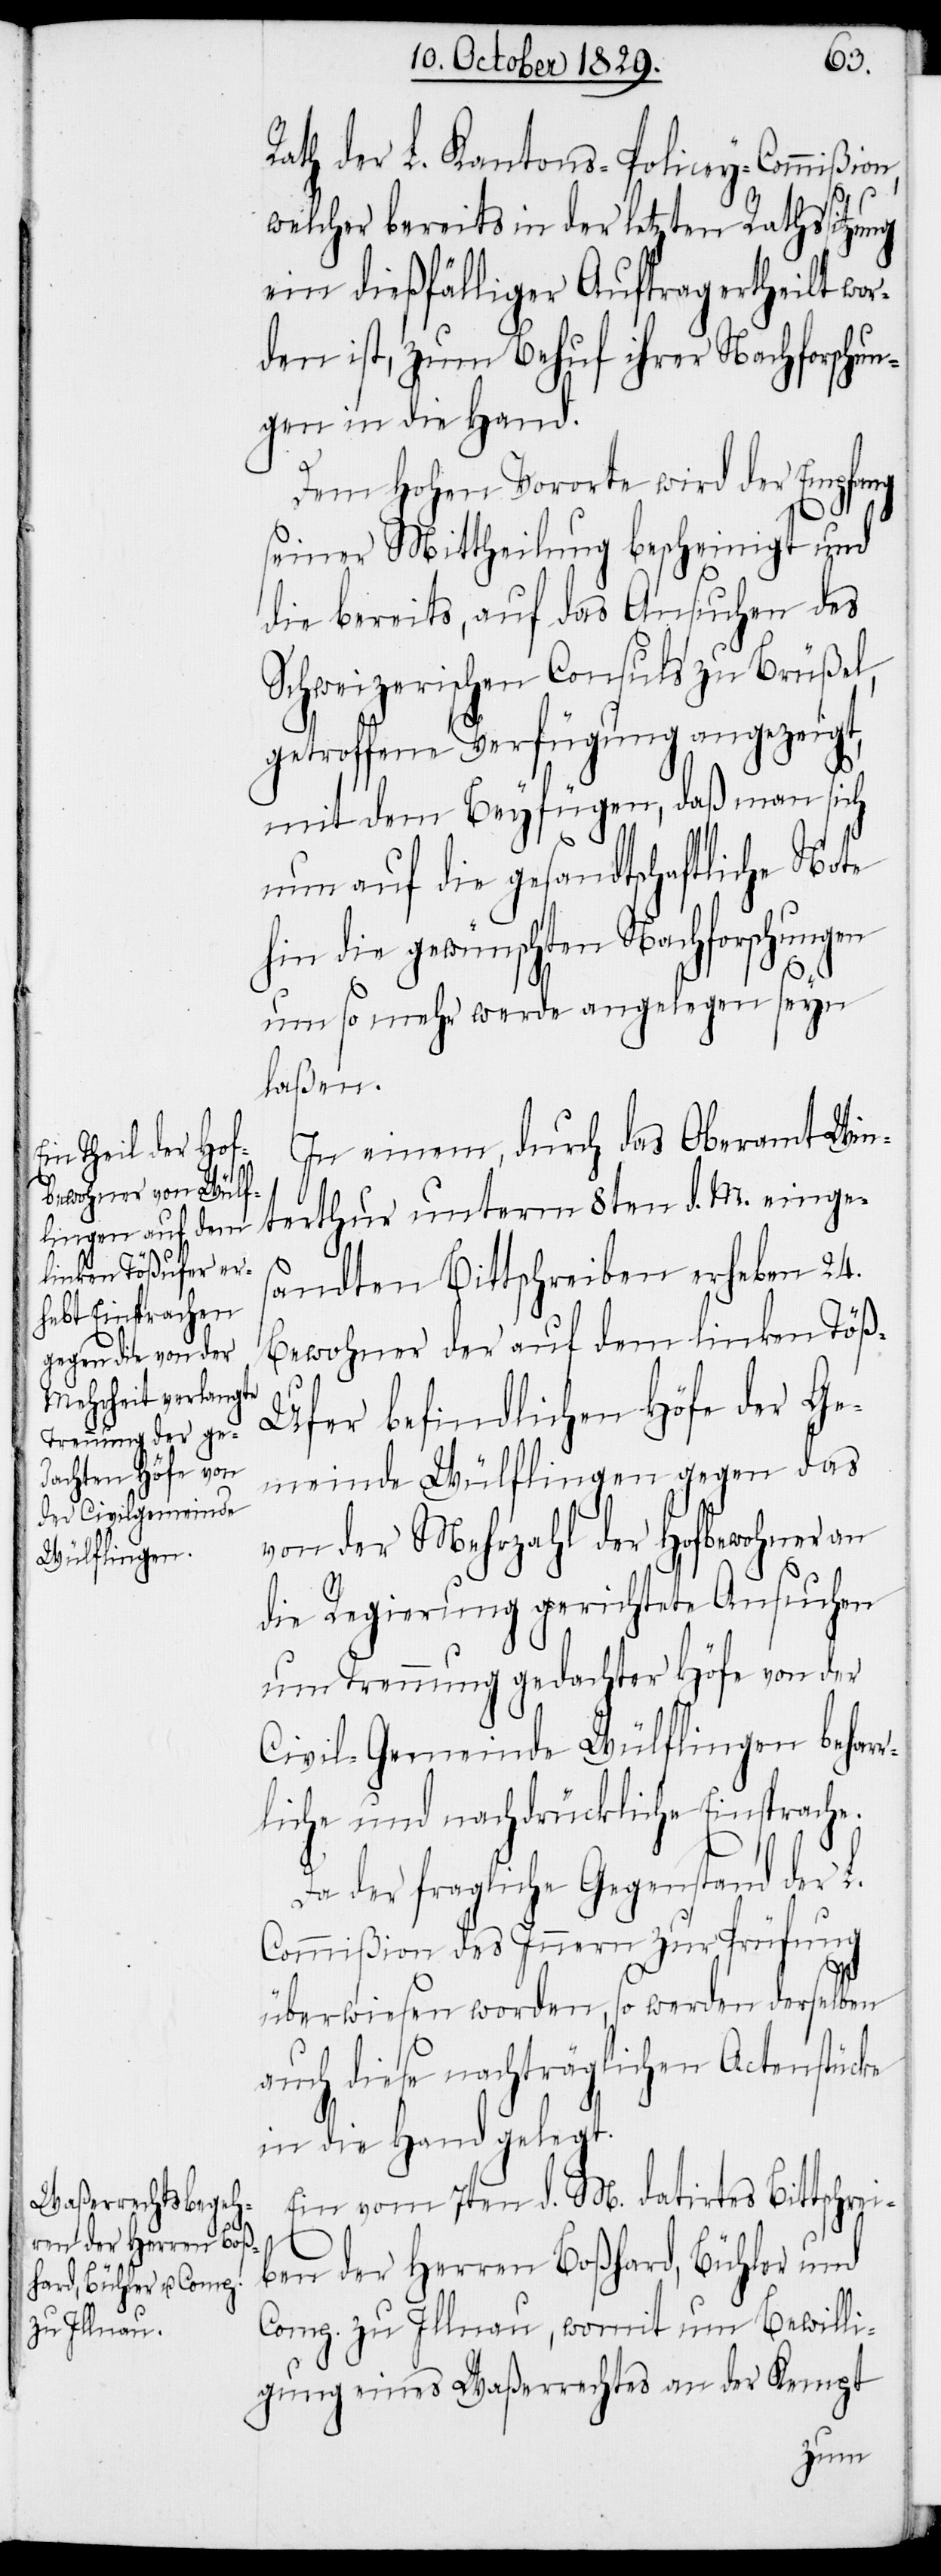
n,

Rath der L. Kantons-Policey-Commißio¬
welcher bereits in der letzten Rathssitzung
ein dießfälliger Auftrag ertheilt wo¬
rden ist, zum Behuf ihrer Nachforschun¬
gen in die Hand.
In einem, durch das Oberamt Win¬
terthur unterm 8ten d. M. einge¬
sandten Bittschreiben erheben 24.
Bewohner der auf dem linken Tö¬
ß-Ufer befindlichen Höfe der Ge¬
meinde Wülflingen gegen das
von der Mehrzahl der Hofbewohner an
die Regierung gerichtete Ansuchen
um Trennung gedachter Höfe von der
Civil-Gemeinde Wülflingen behar¬
rliche und nachdrückliche Einsprache.
Da der fragliche Gegenstand der L.
Commißion des Innern zur Prüfung
überwiesen worden, so werden derselben
auch diese nachträglichen Actenstücke
in die Hand gelegt.
Ein vom 7ten d. M. datirtes Bittschrei¬
ben der Herren Boßhard, Bühler und
Comp. zu Illnau, womit um Bewilli¬
gung eines Waßerrechtes an der Kempt